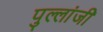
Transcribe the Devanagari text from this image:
पुल्लांजी